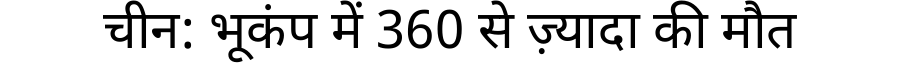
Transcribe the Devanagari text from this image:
चीन: भूकंप में 360 से ज़्यादा की मौत